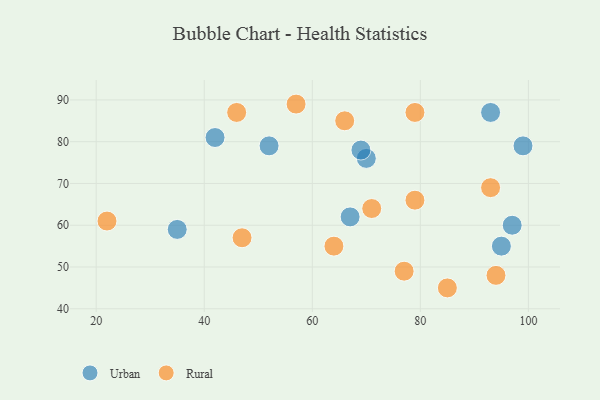
{"axis": {"x": "GDP", "y": "Life Expectancy"}, "legend": ["Rural", "Urban"], "data": [{"x": "67", "y": 62, "type": "Urban"}, {"x": "95", "y": 55, "type": "Urban"}, {"x": "70", "y": 76, "type": "Urban"}, {"x": "52", "y": 79, "type": "Urban"}, {"x": "69", "y": 78, "type": "Urban"}, {"x": "35", "y": 59, "type": "Urban"}, {"x": "97", "y": 60, "type": "Urban"}, {"x": "99", "y": 79, "type": "Urban"}, {"x": "93", "y": 87, "type": "Urban"}, {"x": "42", "y": 81, "type": "Urban"}, {"x": "93", "y": 69, "type": "Rural"}, {"x": "77", "y": 49, "type": "Rural"}, {"x": "46", "y": 87, "type": "Rural"}, {"x": "66", "y": 85, "type": "Rural"}, {"x": "85", "y": 45, "type": "Rural"}, {"x": "79", "y": 87, "type": "Rural"}, {"x": "47", "y": 57, "type": "Rural"}, {"x": "71", "y": 64, "type": "Rural"}, {"x": "94", "y": 48, "type": "Rural"}, {"x": "64", "y": 55, "type": "Rural"}, {"x": "79", "y": 66, "type": "Rural"}, {"x": "22", "y": 61, "type": "Rural"}, {"x": "57", "y": 89, "type": "Rural"}]}